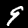
Label: 9